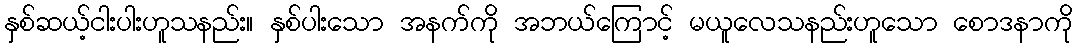
နှစ်ဆယ့်ငါးပါးဟူသနည်း။ နှစ်ပါးသော အနက်ကို အဘယ်ကြောင့် မယူလေသနည်းဟူသော စောဒနာကို